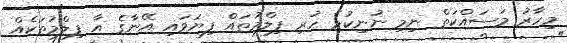
މިހާރު މަސައްކަތް ނިމި ނުނިކުމެ ހުރި ފިލްމުތައް ފިޔަވައި އޭނާގެ އާ ފިލްމުތަކެއް